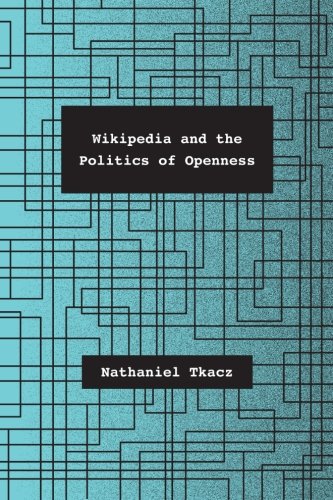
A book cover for Wikipedia and the Politics of Openness; Nathaniel Tkacz; Computers & Technology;